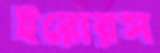
ইরোরস